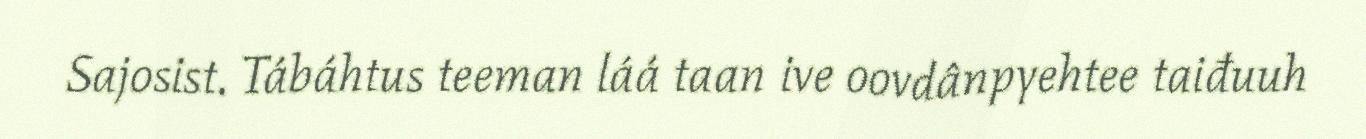
Sajosist. Tábáhtus teeman láá taan ive oovdânpyehtee taiđuuh